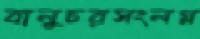
বালুচরসংলগ্ন